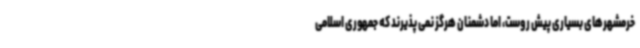
خرمشهرهای بسیاری پیش روست، اما دشمنان هرگز نمی پذیرند که جمهوری اسلامی